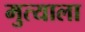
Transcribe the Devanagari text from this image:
मुत्याला